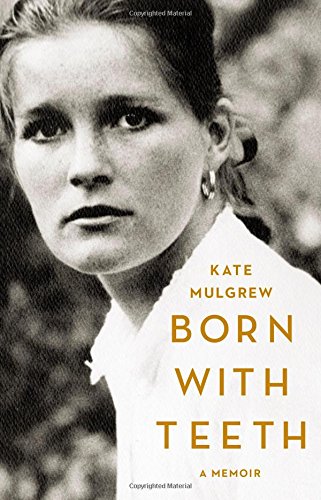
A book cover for Born with Teeth: A Memoir; Kate Mulgrew; Biographies & Memoirs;